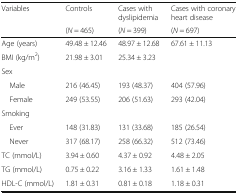
<table><thead><tr><td rowspan="2"><b>Variables</b></td><td><b>Controls</b></td><td><b>Cases with dyslipidemia</b></td><td><b>Cases with coronary heart disease</b></td></tr><tr><td><b>(<i>N</i> = 465)</b></td><td><b>(<i>N</i> = 399)</b></td><td><b>(<i>N</i> = 697)</b></td></tr></thead><tbody><tr><td>Age (years)</td><td>49.48 ± 12.46</td><td>48.97 ± 12.68</td><td>67.61 ± 11.13</td></tr><tr><td>BMI (kg/m<sup>2</sup>)</td><td>21.98 ± 3.01</td><td>25.34 ± 3.23</td><td></td></tr><tr><td colspan="4">Sex</td></tr><tr><td> Male</td><td>216 (46.45)</td><td>193 (48.37)</td><td>404 (57.96)</td></tr><tr><td> Female</td><td>249 (53.55)</td><td>206 (51.63)</td><td>293 (42.04)</td></tr><tr><td colspan="4">Smoking</td></tr><tr><td> Ever</td><td>148 (31.83)</td><td>131 (33.68)</td><td>185 (26.54)</td></tr><tr><td> Never</td><td>317 (68.17)</td><td>258 (66.32)</td><td>512 (73.46)</td></tr><tr><td>TC (mmol/L)</td><td>3.94 ± 0.60</td><td>4.37 ± 0.92</td><td>4.48 ± 2.05</td></tr><tr><td>TG (mmol/L)</td><td>0.75 ± 0.22</td><td>3.16 ± 1.33</td><td>1.61 ± 1.48</td></tr><tr><td>HDL-C (mmol/L)</td><td>1.81 ± 0.31</td><td>0.81 ± 0.18</td><td>1.18 ± 0.31</td></tr></tbody></table>